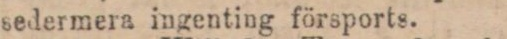
sedermera ingenting försports.